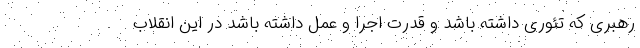
رهبری که تئوری داشته باشد و قدرت اجرا و عمل داشته باشد در این انقلاب